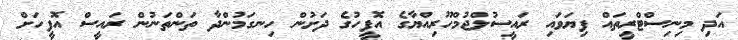
އަދި މިނިސްޓްރީތައް ފިޔަވައި ރައީސުލްޖުމްހޫރިއްޔާގެ އޮފީހުގެ ދަށުން ހިނގަމުންދާ ތަންތަނުން ރައީސް އޮފީހަށް